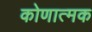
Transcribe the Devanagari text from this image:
कोणात्मक